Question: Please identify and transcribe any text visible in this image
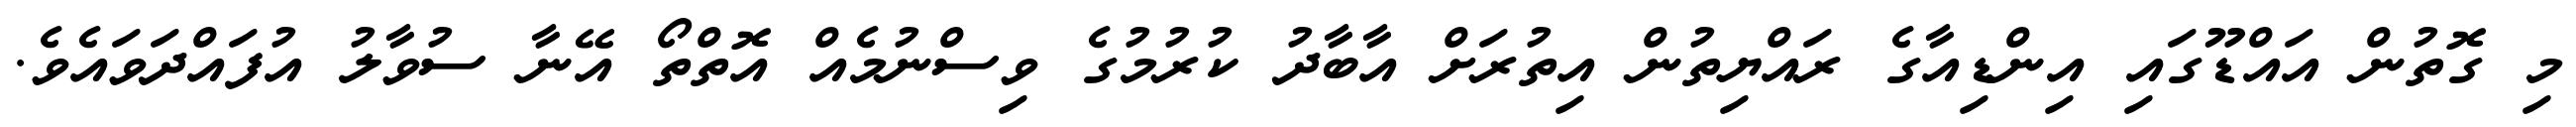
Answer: މި ގޮތުން އައްޑޫގައި އިންޑިއާގެ ރައްޔިތުން އިތުރަށް އާބާދު ކުރުމުގެ ވިސްނުމެއް އޮތްތޯ އޭނާ ސުވާލު އުފައްދަވައެވެ.